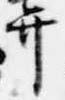
弁